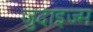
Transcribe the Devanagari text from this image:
जुदाइज्म